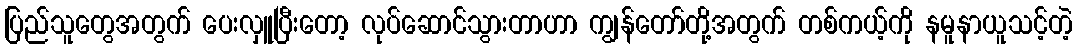
ပြည်သူတွေအတွက် ပေးလှူပြီးတော့ လုပ်ဆောင်သွားတာဟာ ကျွန်တော်တို့အတွက် တစ်ကယ့်ကို နမူနာယူသင့်တဲ့